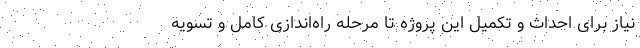
نیاز برای احداث و تکمیل این پروژه تا مرحله راه‌اندازی کامل و تسویه